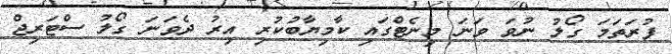
ފުރަތަމަ ގޯލު ނުވަ ވަނަ މިނެޓްގައި ކާމިޔާބުކުރި އިރު ދެވަނަ ގޯލު ސްޓަރިޖް